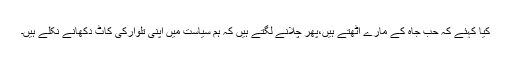
کیا کہئے کہ حب جاہ کے مارے اٹھتے ہیں،پھر چلانے لگتے ہیں کہ ہم سیاست میں اپنی تلوارکی کاٹ دکھانے نکلے ہیں۔